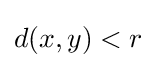
d(x,y)<r